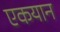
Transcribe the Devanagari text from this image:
एकयान